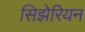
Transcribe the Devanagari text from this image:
सिझेरियन